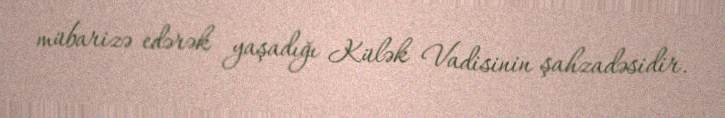
mübarizə edərək yaşadığı Külək Vadisinin şahzadəsidir.